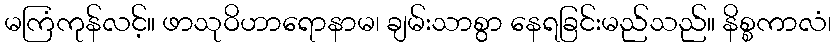
မကြံကုန်လင့်။ ဖာသုဝိဟာရောနာမ၊ ချမ်းသာစွာ နေရခြင်းမည်သည်။ နိစ္စကာလံ၊